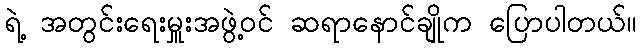
ရဲ့ အတွင်းရေးမှူးအဖွဲ့ဝင် ဆရာနောင်ချိုက ပြောပါတယ်။